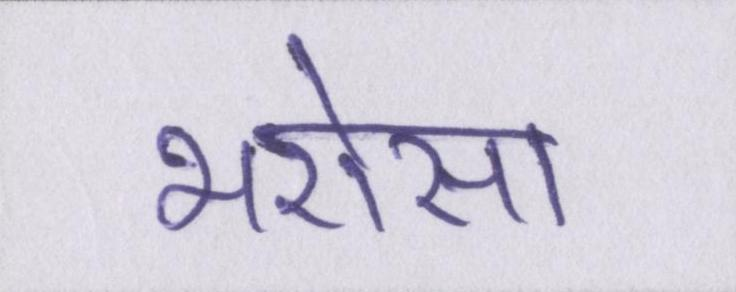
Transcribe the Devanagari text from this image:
भरोसा